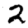
Digit: 2